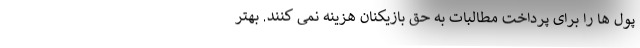
پول ها را برای پرداخت مطالبات به حق بازیکنان هزینه نمی کنند. بهتر